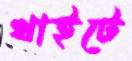
খাইটে